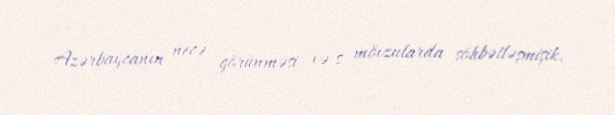
Azərbaycanın necə görünməsi və s mövzularda söhbətləşmişik.